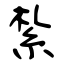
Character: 紮